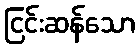
ငြင်းဆန်သော